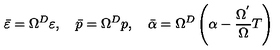
\bar { \varepsilon } = \Omega ^ { D } \varepsilon , \quad \bar { p } = \Omega ^ { D } p , \quad \bar { \alpha } = \Omega ^ { D } \left( \alpha - \frac { \Omega ^ { ^ { \prime } } } \Omega T \right)